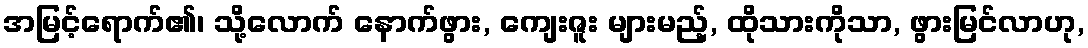
အမြင့်ရောက်၏၊ သို့လောက် နောက်ဖွား, ကျေးဇူး များမည့်, ထိုသားကိုသာ, ဖွားမြင်လာဟု,